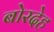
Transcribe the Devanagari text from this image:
बोरदेह